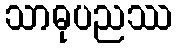
သာဓုပညဿ